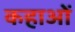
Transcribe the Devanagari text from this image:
कहाओं